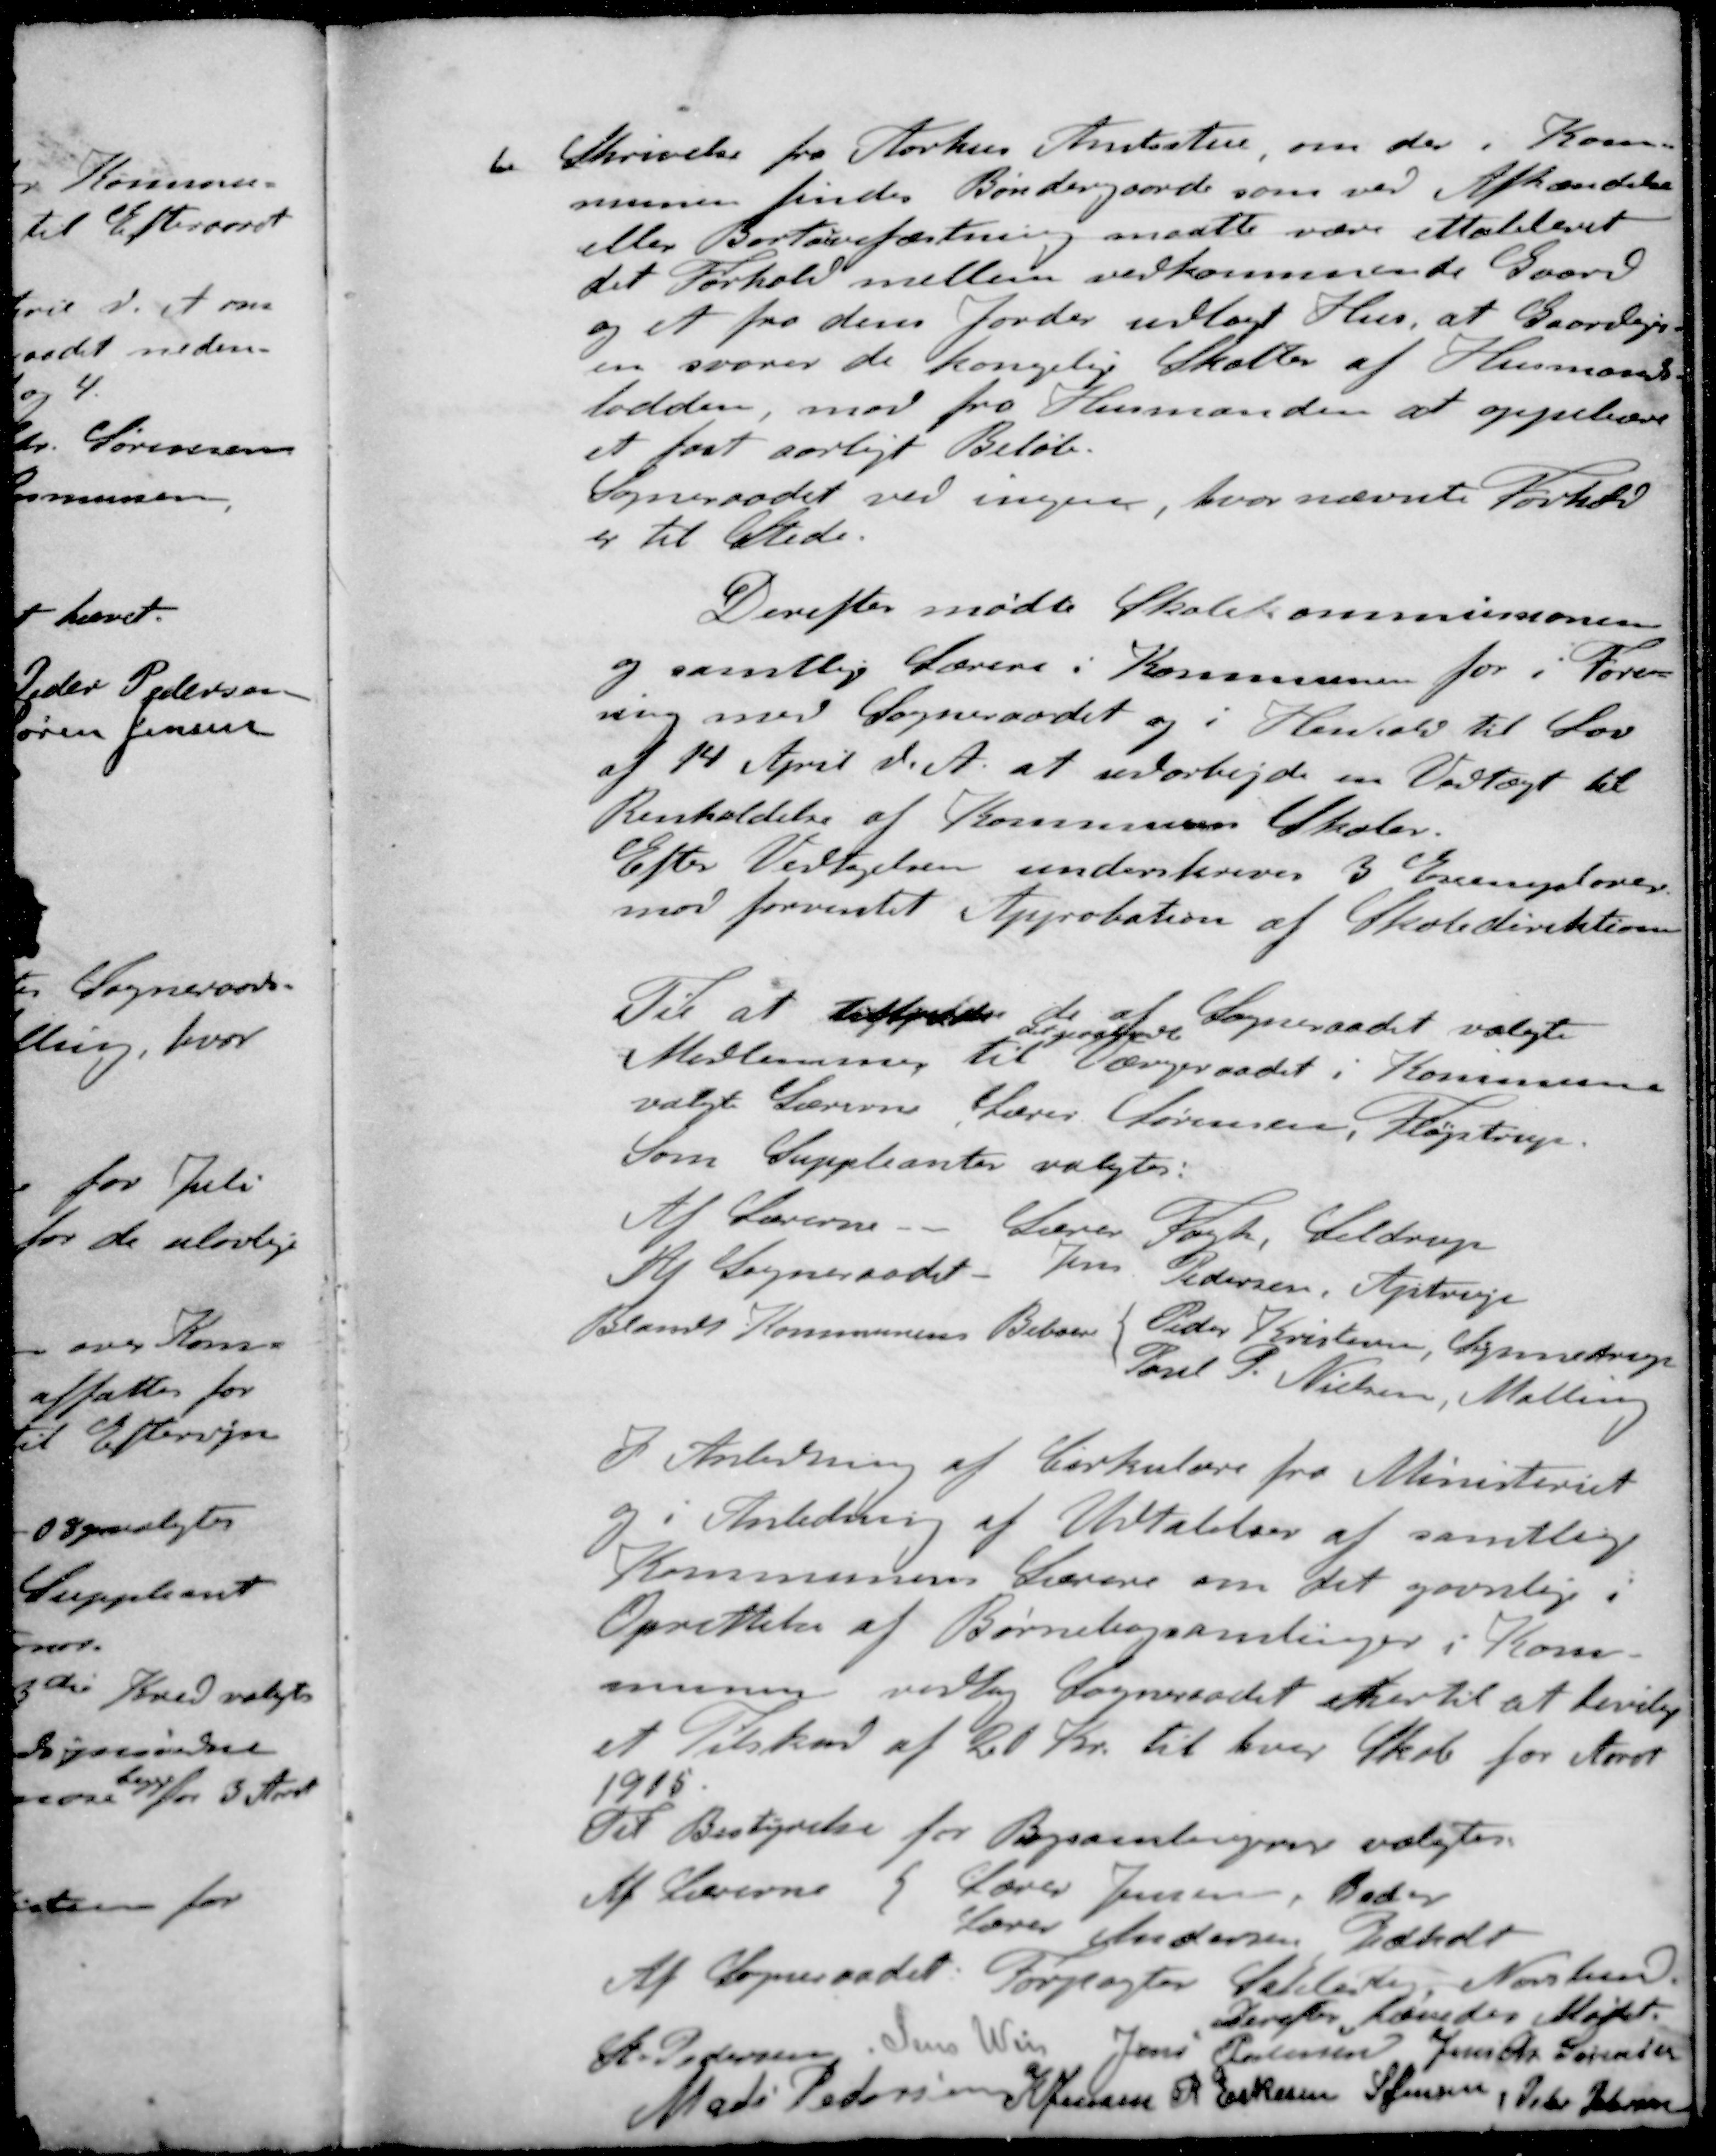
Transskription:
I Skrivelse fra Aarhus Amtsstue, om der i Kom-
munen findes Bøndergaarde som ved Afhændelse
eller Bortoverfæstning maatte være ettableret
det Forhold mellem vedkommende Gaard
og et fra dens Jorder udlagt Hus, at Gaardejer-
en svarer de kongelige Skatter af Husmands-
lodden, mod fra Husmanden at oppebære
at fast aarligt Beløb.
Sogneraadet ved ingen, hvor nævnte Forhold
er til Stede
Derefter mødte Skolekommissionen
og samtlige Lærere i Kommunen for i Fore-
ning med Sogneraadet og i Henhold til Lov
af 14 April d. A. at udarbejde en Vedtægt til
Renholdelse af Kommunens Skoler.
Efter Vedtagelsen underskrives 3 Exemplarer
mod forventet Approbation af Skoledirektionen
Til at tiltræde de af Sogneraadet valgt
Medlemmer til Værgeraadet i Kommunen
valgt Lærerne Lærer Sørensen, Fløjstrup.
Som Suppleanter valgtes:
Af Lærerne. - Lærer Fogh, Seldrup
Af Sogneraadet Jens Pedersen, Ajstrup
Blandt Kommunens Beboere Peder Kristensen, Synnedrup
Poul S Nielsen, Malling
I Anledning af Cirkulære fra Ministeriet
og i Anledning af Udtalelser af samtlige
Kommunens Lærere om det gavnlige i
Oprettelse af Børnebogsamlinger i Kom-
munen vedtog Sogneraadet hertil at bevilige
et Tilskud af 20 Kr. til hver Skole for Aaret
1905.
Til Bestyrelse for Bogsamlingerne valgtes
Af Lærerne Lærer Jensen, Beder
Lærer Andersen Pedholt
Af Sogneraadet Forpagter Schlerup, Norsten
Derefter hævedes Mødet.
St Pedersen
Jens Weis
Jens Pedersen
Jens Chr Sørensen
Mads Pedersen
K Jensen
R Eskesen
S Jensen
Peter Petersen